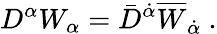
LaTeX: D^{\alpha}W_{\alpha}=\bar{D}^{\dot{\alpha}}\overline{{W}}_{\dot{\alpha}}~.